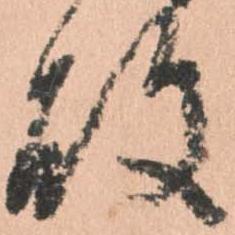
敗